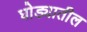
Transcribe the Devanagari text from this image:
घोड्यातील